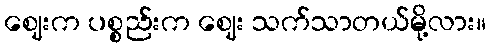
ဈေးက ပစ္စည်းက ဈေး သက်သာတယ်မို့လား။